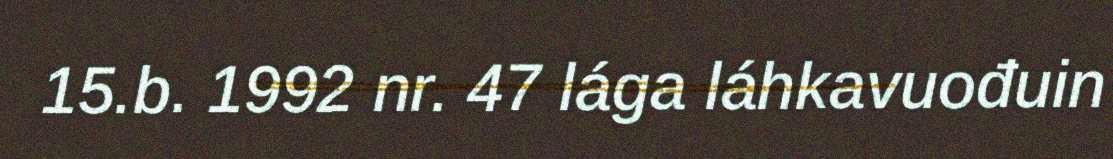
15.b. 1992 nr. 47 lága láhkavuođuin